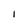
Character: I